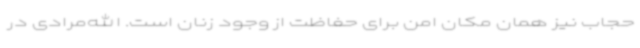
حجاب نیز همان مکان امن برای حفاظت از وجود زنان است. الله‌مرادی در